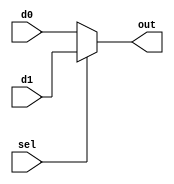
`timescale 1ns / 1ps
//////////////////////////////////////////////////////////////////////////////////
// Company: 
// 
// Design Name: 
// Module Name:    mux32 
// Project Name: 
// Target Devices: 
// Tool versions: 
// Description: 
//
// Dependencies: 
//
// Revision: 
// Revision 0.01 - File Created
// Additional Comments: 
//
//////////////////////////////////////////////////////////////////////////////////
module mux32(
    input [31:0] d0,
    input [31:0] d1,
    input sel,
    output [31:0] out
    );
   assign out = sel ? d1 : d0;			
endmodule